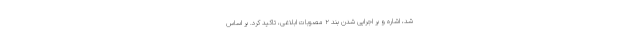
شد، اشاره و بر اجرایی شدن بند ۲ مصوبات ابلاغی، تاکید کرد. بر اساس